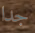
جدا